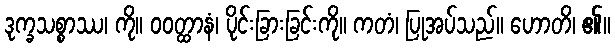
ဒုက္ခသစ္စာဿ၊ ကို။ ဝဝတ္ထာနံ၊ ပိုင်းခြားခြင်းကို။ ကတံ၊ ပြုအပ်သည်။ ဟောတိ၊ ၏။